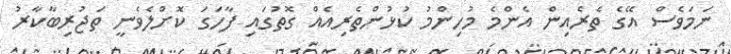
ނަމަވެސް އޭގެ ތެރެއިން އެންމެ މުހިންމު ކުޅުންތެރިއެއް ގޮތުގައި ފާހަގަ ކޮށްލެވެނީ ތަޖުރިބާކާރު